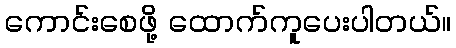
ကောင်းစေဖို့ ထောက်ကူပေးပါတယ်။